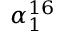
\alpha _ { 1 } ^ { 1 6 }